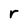
Character: r